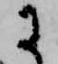
に